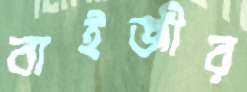
বাইজীর